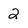
Character: 2